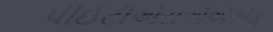
પીઈટીએસએએએફ